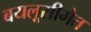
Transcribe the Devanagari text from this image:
बयलूसीमेत